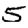
Digit: 5